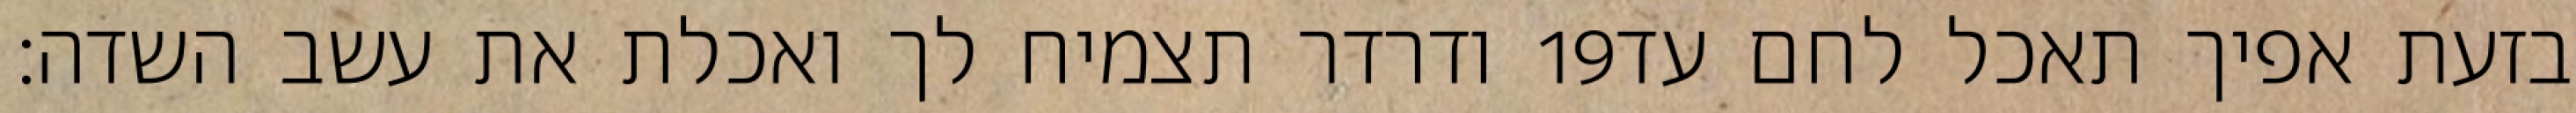
ודרדר תצמיח לך ואכלת את עשב השדה׃ ‎19‏ בזעת אפיך תאכל לחם עד